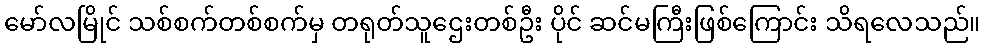
မော်လမြိုင် သစ်စက်တစ်စက်မှ တရုတ်သူဌေးတစ်ဦး ပိုင် ဆင်မကြီးဖြစ်ကြောင်း သိရလေသည်။